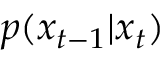
p ( x _ { t - 1 } | x _ { t } )